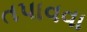
તપાવવા